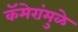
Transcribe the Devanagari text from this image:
कॅमेरांमुळे